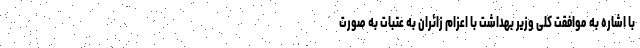
با اشاره به موافقت کلی وزیر بهداشت با اعزام زائران به عتبات به صورت